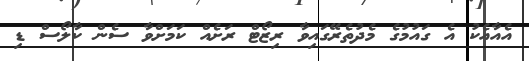
އެއާއެކު އެ ގައުމުގެ މެދުތެރޭގައިވާ ރިޒޯޓް ރަށެއް ކަމަށްވާ ސެން ކާލޯސް ޑި